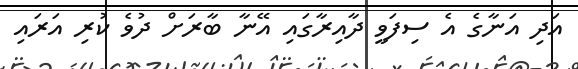
އަދި އަނާގެ އެ ސިފަވީ ދާއިރާގައި އޭނާ ބާރަށް ދުވެ ކުރި އަރައި